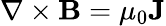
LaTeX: \mathbf{\nabla}\times\mathbf{B}=\mu_{0}\mathbf{J}